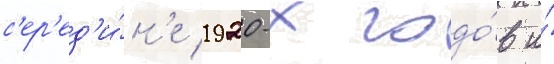
с'ер'ед'и́н'е 1920-х годо́в и́